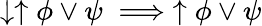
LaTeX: \downarrow\uparrow\phi\lor\psi\implies\uparrow\phi\lor\psi